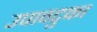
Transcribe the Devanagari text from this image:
उपावटुका